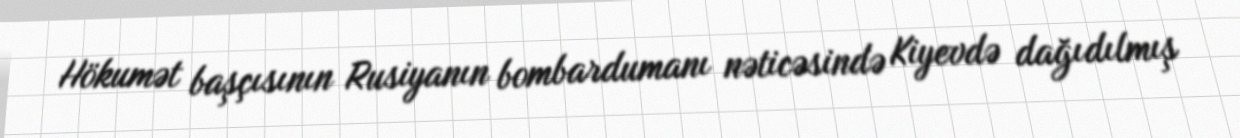
Hökumət başçısının Rusiyanın bombardumanı nəticəsində Kiyevdə dağıdılmış